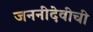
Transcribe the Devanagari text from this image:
जननीदेवीची